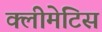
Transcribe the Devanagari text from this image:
क्लीमेटिस